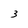
Character: 3